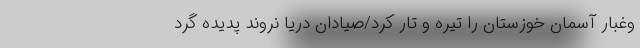
وغبار آسمان خوزستان را تیره و تار کرد/صیادان دریا نروند پدیده گرد